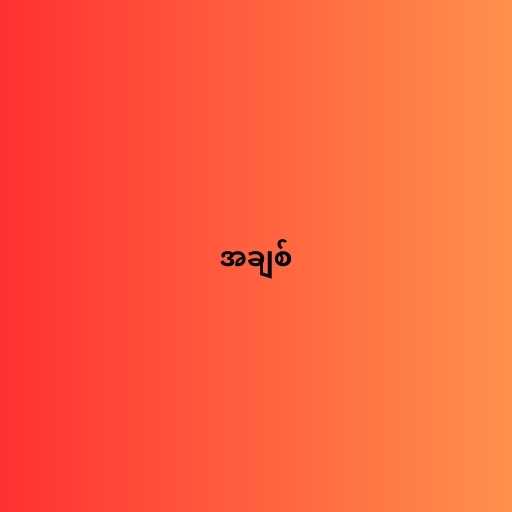
အချစ်